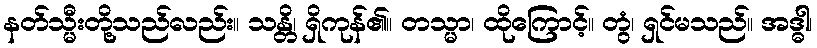
နတ်သ္မီးတို့သည်လည်း။ သန္တိ၊ ရှိကုန်၏။ တသ္မာ၊ ထိုကြောင့်။ တွံ၊ ရှင်မသည်။ အဒ္ဓါ၊